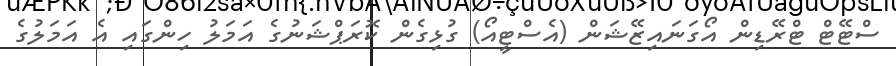
ސްޓޭޓް ޓްރޭޑިން އޯގަނައިޒޭޝަން (އެސްޓީއޯ) ގުޅިގެން ކޮރަޕްޝަނުގެ އަމަލު ހިންގައި އެ އަމަލުގެ